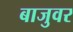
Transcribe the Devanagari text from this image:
बाजुवर